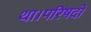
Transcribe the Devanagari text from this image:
था।परिषदों